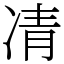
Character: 凊